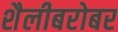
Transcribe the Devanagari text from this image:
शैलीबरोबर